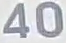
40